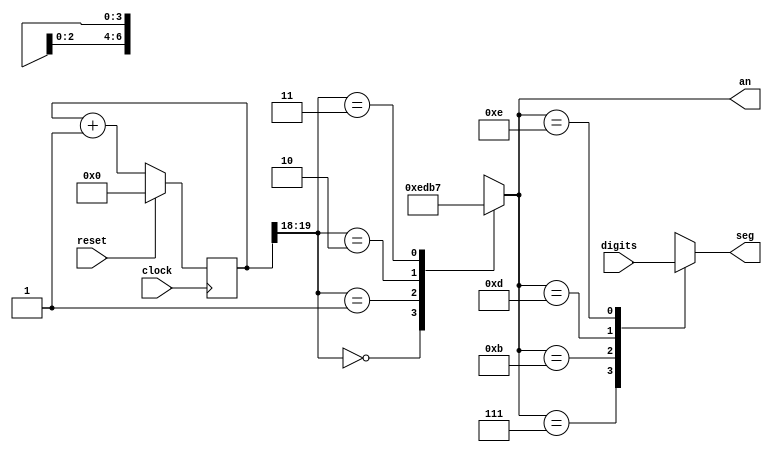
module strobe
(
 input 	      reset,clock,
 input [27:0] digits,
 output reg [6:0] seg,
 output reg [3:0] an
 );
 
   wire [1:0] sel;
   reg [19:0] clkdiv;
   
   always @(posedge clock)
     if (reset)
       clkdiv <= 0;
     else
       clkdiv = clkdiv + 1;
       
   assign sel = clkdiv[19:18];
   
   always @(sel)
     case (sel)
       4'b00: an = 4'b1110;
       4'b01: an = 4'b1101;
       4'b10: an = 4'b1011;
       4'b11: an = 4'b0111;
     endcase
     
   always @(digits or an)
     case (an)
       4'b0111: seg = digits[27:21];
       4'b1011: seg = digits[20:14];
       4'b1101: seg = digits[13:7];
       4'b1110: seg = digits[6:0];
       default: seg = 7'bxxxxxxx;
     endcase
endmodule // strobe